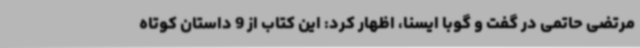
مرتضی حاتمی در گفت و گوبا ایسنا، اظهار کرد: این کتاب از 9 داستان کوتاه